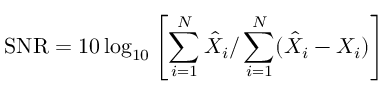
\mathrm { S N R } = 1 0 \log _ { 1 0 } \left[ \sum _ { i = 1 } ^ { N } \hat { X } _ { i } / \sum _ { i = 1 } ^ { N } ( \hat { X } _ { i } - X _ { i } ) \right]